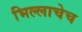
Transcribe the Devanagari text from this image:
भिल्लाचेच